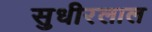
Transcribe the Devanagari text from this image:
सुधीरलाल